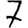
Digit: 7